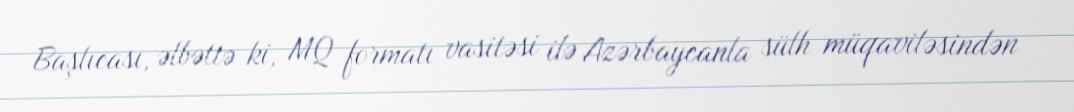
Başlıcası, əlbəttə ki, MQ formatı vasitəsi ilə Azərbaycanla sülh müqaviləsindən